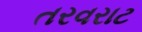
તરવરાટ